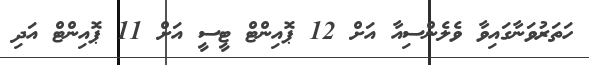
ހަތަރުވަނާގައިވާ ވެލެންސިއާ އަށް 12 ޕޮއިންޓް ޓީސީ އަށް 11 ޕޮއިންޓް އަދި